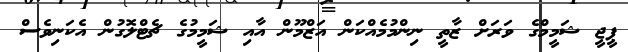
ޕީޖީ ޝަމީމްގެ ވަރަށް ޒާތީ ނިންމުމެއްކަން އަޒްމޫން އާއި ޝަމީމުގެ ޗެޓްލޮގުން އެކަނިވެސް